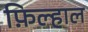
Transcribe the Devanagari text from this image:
फ़िल्हाल